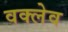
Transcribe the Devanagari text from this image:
वक्लेव